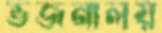
ভজনালয়